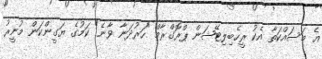
އެ މަސައްކަތާ އެކު ރީހެބިލިޓޭޝަން ޕްރޮގްރާމް "ހަރުދަނާ ވާނެ" ކަމުގެ ޔަގީންކަން މުނީރު